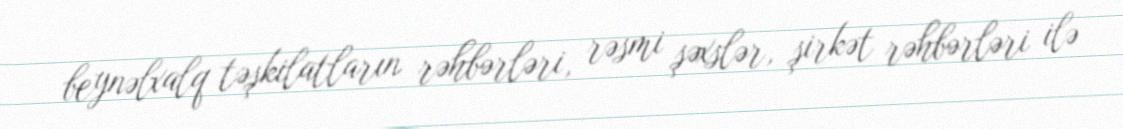
beynəlxalq təşkilatların rəhbərləri, rəsmi şəxslər, şirkət rəhbərləri ilə